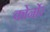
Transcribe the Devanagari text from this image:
कोर्नोर